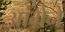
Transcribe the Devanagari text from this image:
आंग्रेने